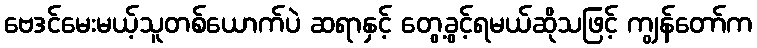
ဗေဒင်မေးမယ့်သူတစ်ယောက်ပဲ ဆရာနှင့် တွေ့ခွင့်ရမယ်ဆိုသဖြင့် ကျွန်တော်က